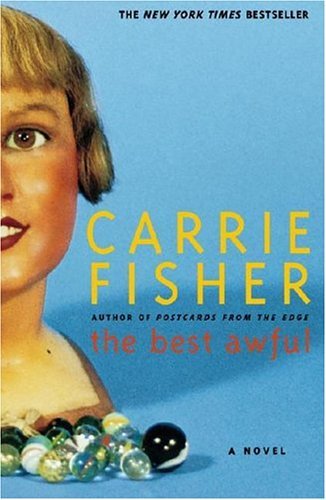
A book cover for The Best Awful: A Novel; Carrie Fisher; Literature & Fiction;